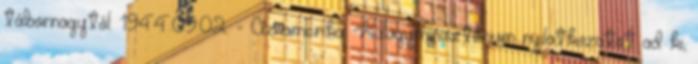
tábornagytól. 1944.09.02. - Az amerikai Külügyminisztérium nyilatkozatot ad ki,